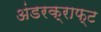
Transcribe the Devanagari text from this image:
अंडरक्राफ्ट